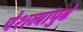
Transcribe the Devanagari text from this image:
पेशव्यांपुढे